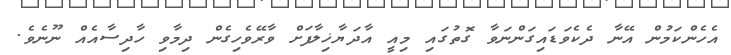
އެހެންކަމުން އޭނާ ދެކެވަޑައިގަންނަވާ ގޮތުގައި މިއީ އާދަޔާޚިލާފަށް ވާރޭވެހިގެން ދިމާވި ހާދިސާއެއް ނޫނެވެ.